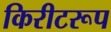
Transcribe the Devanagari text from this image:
किरीटरूप